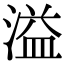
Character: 溢